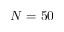
N = 5 0